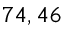
7 4 , 4 6